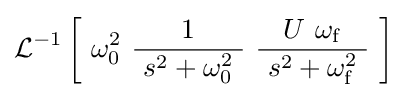
\operatorname {\mathcal {L}} ^{-1}\left[\ \omega _{0}^{2}\ {\frac {1}{\ s^{2}+\omega _{0}^{2}\ }}\ {\frac {U\ \omega _{\mathrm {f} }}{\ s^{2}+\omega _{\mathrm {f} }^{2}\ }}\ \right]